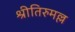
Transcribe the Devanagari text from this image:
श्रीतिरुमल्ल